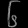
Digit: ၆